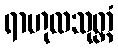
ရာဟုလသုတ္တံ